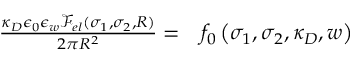
\begin{array} { r l } { \frac { \kappa _ { D } \epsilon _ { 0 } \epsilon _ { w } \mathcal { F } _ { e l } ( \sigma _ { 1 } , \sigma _ { 2 } , R ) } { 2 \pi R ^ { 2 } } = } & { { } f _ { 0 } \left( \sigma _ { 1 } , \sigma _ { 2 } , \kappa _ { D } , w \right) } \end{array}